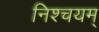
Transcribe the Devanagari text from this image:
निश्चयम्